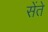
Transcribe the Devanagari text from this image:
सेंते